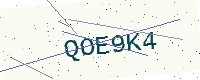
Text: QOE9K4